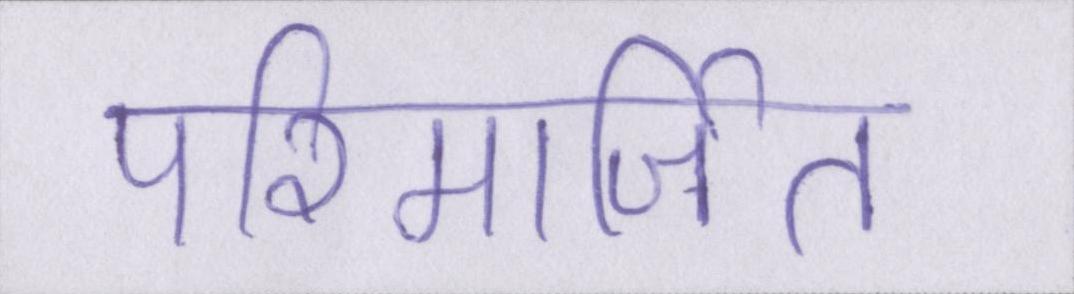
परिमार्जित